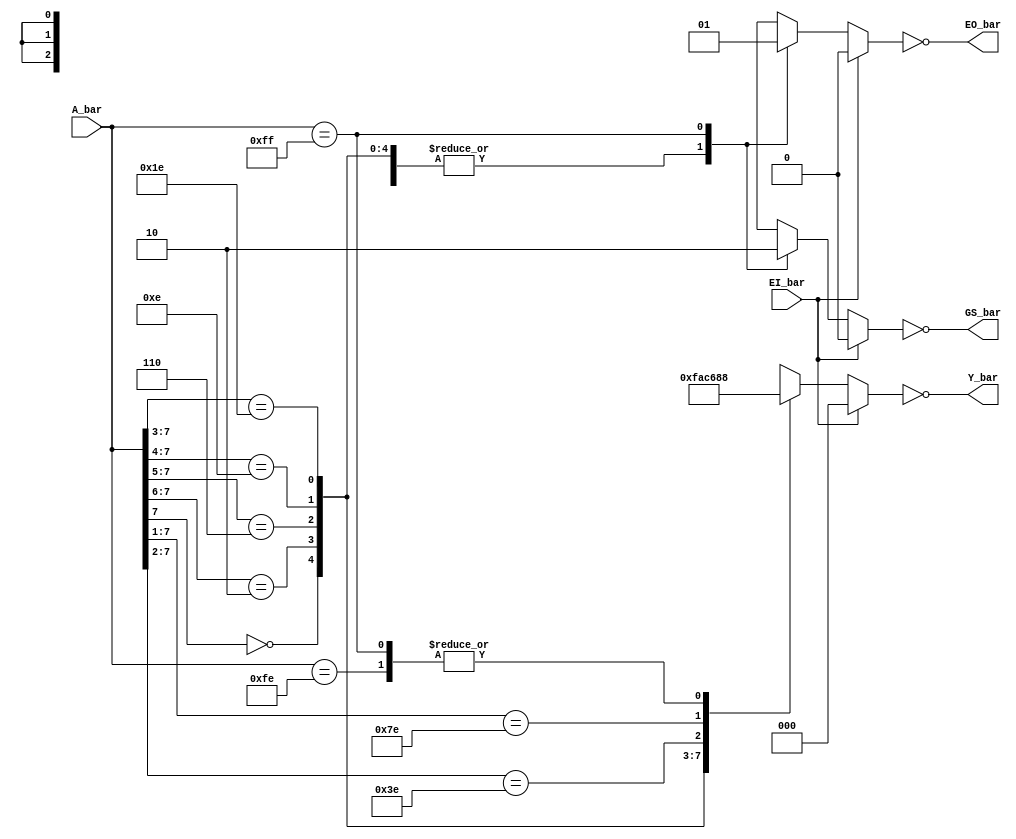
// This program was cloned from: https://github.com/TimRudy/ice-chips-verilog
// License: GNU General Public License v3.0

// 8-line to 3-line priority encoder

module ttl_74148 #(parameter WIDTH_IN = 8, WIDTH_OUT = 3, DELAY_RISE = 0, DELAY_FALL = 0)
(
  input EI_bar,
  input [WIDTH_IN-1:0] A_bar,
  output EO_bar,
  output GS_bar,
  output [WIDTH_OUT-1:0] Y_bar
);

//------------------------------------------------//
reg EO_computed;
reg GS_computed;
reg [WIDTH_OUT-1:0] Y_computed;

always @(*)
begin
  if (EI_bar)
  begin
    // equal to EI (inverted)
    EO_computed = 0;
    // equal to EI (inverted)
    GS_computed = 0;

    // lowest priority (inverted)
    Y_computed = 3'b000;
  end
  else
  begin
    // normally opposite of EI (inverted)
    EO_computed = 0;
    // normally equal to EI (inverted)
    GS_computed = 1;

    casez (A_bar)
      8'b0???????: Y_computed = 3'b111;
      8'b10??????: Y_computed = 3'b110;
      8'b110?????: Y_computed = 3'b101;
      8'b1110????: Y_computed = 3'b100;
      8'b11110???: Y_computed = 3'b011;
      8'b111110??: Y_computed = 3'b010;
      8'b1111110?: Y_computed = 3'b001;
      8'b11111110: Y_computed = 3'b000;
      8'b11111111:
      begin
        // exception: equal to EI (inverted)
        EO_computed = 1;
        // exception: opposite of EI (inverted)
        GS_computed = 0;

        // lowest priority (inverted)
        Y_computed = 3'b000;
      end
      default: Y_computed = 3'b000;
    endcase
  end
end
//------------------------------------------------//

assign #(DELAY_RISE, DELAY_FALL) EO_bar = ~EO_computed;
assign #(DELAY_RISE, DELAY_FALL) GS_bar = ~GS_computed;
assign #(DELAY_RISE, DELAY_FALL) Y_bar = ~Y_computed;

endmodule